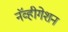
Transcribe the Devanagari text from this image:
नॅव्हीगेशन